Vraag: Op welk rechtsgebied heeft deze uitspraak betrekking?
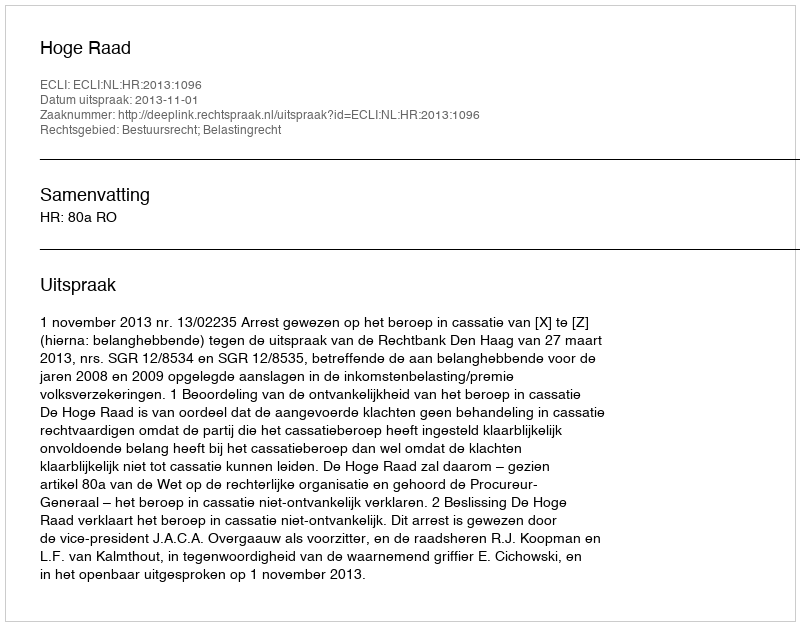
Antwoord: Bestuursrecht; Belastingrecht